Report of the Indian Hemp Drugs Commission, 1894-1895 - Volume V
Year: 1894
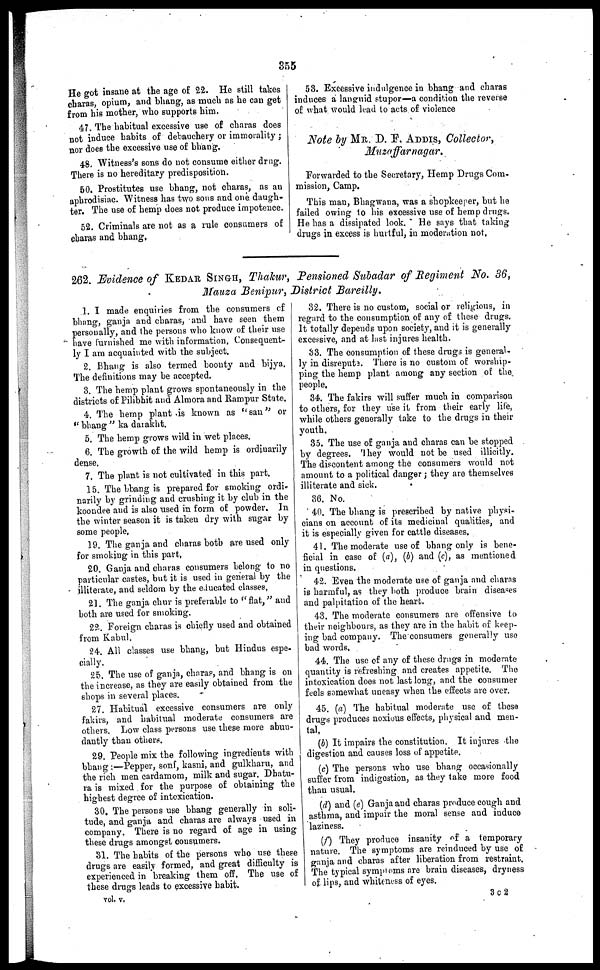
355
He got insane at the age of 22. He still takes
charas, opium, and bhang, as much as he can get
from his mother, who supports him.
47. The habitual excessive use of charas does
not induce habits of debauchery or immorality ;
nor does the excessive use of bhang,
48. Witness's sons do not consume either drug.
There is no hereditary predisposition.
50. Prostitutes use bhang, not charas, as an
aphrodisiac. Witness has two sons and one. daugh-
ter. The use of hemp does not produce impotence.
52. Criminals are not as a rule consumers of
charas and bhang,
53. Excessive indulgence in bhang and charas
induces a languid stupor—a condition the reverse
of what would lead to acts of violence
Note by MR. D. F. ADDIS, Collector,
Muzaffarnagar.
Forwarded to the Secretary, Hemp Drugs Com-
mission, Camp.
This man, Bhagwana, was a shopkeeper, but he
failed owing to his excessive use of hemp drugs.
He has a dissipated look. He says that taking
drugs in excess is hurtful, in moderation not,
262. Evidence of KEDAR SINGH, Thakur, Pensioned Subadar of Regiment No. 36,
Mauza Benipur, District Bareilly.
1. I made enquiries from the consumers of
bhang, ganja and charas, and have seen them
personally, and the persons who know of their use
have furnished me with information, Consequent-
ly I am acquainted with the subject,
2. Bhang is also termed boonty and bijya.
The definitions may be accepted.
3. The hemp plant grows spontaneously in the
districts of Pilibhit and Almora and Rampur State,
4. The hemp plant is known as "san" or
"bhang" ka darakht.
5. The hemp grows wild in wet places.
6. The growth of the wild hemp is ordinarily
dense,
7. The plant is not cultivated in this part.
15. The bhang is prepared for smoking ordi-
narily by grinding and crushing it by club in the
koondee and is also used in form of powder. In
the winter season it is taken dry with sugar by
some people,
19. The ganja and charas both are used only
for smoking in this part,
20. Ganja and charas consumers belong to no
particular castes, but it is used in general by the
illiterate, and seldom by the educated classes,
21. The ganja chur is preferable to "flat," and
both are used for smoking.
22. Foreign charas is chiefly used and obtained
from Kabul.
24. All classes use bhang, but Hindus espe-
cially,
25. The use of ganja, charas, and bhang is on
the increase, as they are easily obtained from the
shops in several places.
27. Habitual excessive consumers are only
fakirs, and habitual moderate consumers are
others. Low class persons use these more abun-
dantly than others.
29. People mix the following ingredients with
bhang :—Pepper, sonf, kasni, and gulkharu, and
the rich men cardamom, milk and sugar. Dhatu-
ra is mixed for the purpose of obtaining the
highest degree of intoxication.
30. The persons use bhang generally in soli-
tude, and ganja and charas are always used in
company, There is no regard of age in using
these drugs amongst consumers.
31. The habits of the persons who use these
drugs are easily formed, and great difficulty is
experienced in breaking them off. The use of
these drugs leads to excessive habit.
vol. v.
32. There is no custom, social or religious, in
regard to the consumption of any of these drugs.
It totally depends upon society, and it is generally
excessive, and at last injures health.
33. The consumption of these drugs is general-
ly in disrepute. There is no custom of worship-
ping the hemp plant among any section of the
people,
34. The fakirs will suffer much in comparison
to others, for they use it from their early life,
while others generally take to the drugs in their
youth.
35. The use of ganja and charas can be stopped
by degrees. They would not be used illicitly.
The discontent among the consumers would not
amount to a political danger ; they are themselves
illiterate and sick.
36. No.
40. The bhang is prescribed by native physi-
cians on account of its medicinal qualities, and
it is especially given for cattle diseases.
41. The moderate use of bhang only is bene-
ficial in case of (a), (b) and (c), as mentioned
in questions.
42. Even the moderate use of ganja and chaws
is harmful, as they both produce brain diseases
and palpitation of the heart.
43. The moderate consumers are offensive to
their neighbours, as they are in the habit of keep-
ing bad company. The consumers generally use
bad words,
44. The use of any of these drugs in moderate
quantity is refreshing and creates appetite. The
intoxication does not last long, and the consumer
feels somewhat uneasy when the effects are over.
45. (a) The habitual moderate use of these
drugs produces noxious effects, physical and men-
tal,
(b) It impairs the constitution. It injures the
digestion and causes loss of appetite.
(c) The persons who use bhang occasionally
suffer from indigestion, as they take more food
than usual.
(d) and (e) Ganja and charas produce cough and
asthma, and impair the moral sense and induce
laziness.
(f) They produce insanity of a temporary
nature. The symptoms are reinduced by use of
ganja and charas after liberation from restraint.
The typical symptoms are brain diseases, dryness
of lips, and whiteness of eyes.
3 C 2